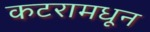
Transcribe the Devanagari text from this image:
कटरामधून